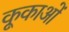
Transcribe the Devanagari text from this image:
कूकाओं